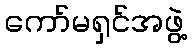
ကော်မရှင်အဖွဲ့